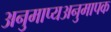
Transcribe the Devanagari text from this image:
अनुमाप्यअनुमापक